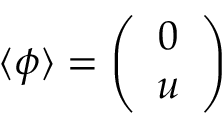
\langle \phi \rangle = \left( \begin{array} { c } { { 0 } } \\ { { u } } \end{array} \right)